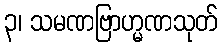
၃၊ သမဏဗြာဟ္မဏသုတ်